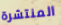
المنتشرة